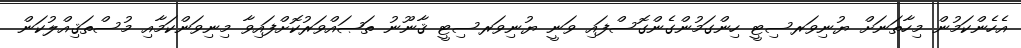
އެހެންކަމުން މިހާތަނަށް ޔުނިވަރސިޓީ ހިންގަމުންގެންގޮސްފައި ވަނީ ޔުނިވަރސިޓީ ޤާނޫނު ތަޞައްވަރުކޮށްފައިވާ މިނިވަންކަމާއި މުސްތަޤިއްލުކަން